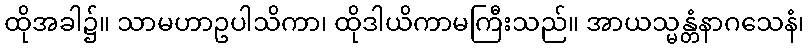
ထိုအခါ၌။ သာမဟာဥပါသိကာ၊ ထိုဒါယိကာမကြီးသည်။ အာယသ္မန္တံနာဂသေနံ၊